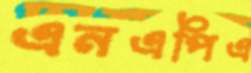
এনএপিএ